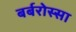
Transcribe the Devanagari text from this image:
बर्बरोस्सा